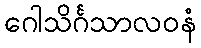
ဂေါသိင်္ဂသာလဝနံ